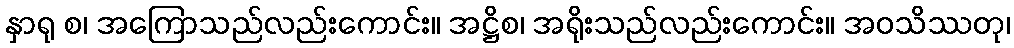
နှာရု စ၊ အကြောသည်လည်းကောင်း။ အဋ္ဌိစ၊ အရိုးသည်လည်းကောင်း။ အဝသိဿတု၊